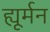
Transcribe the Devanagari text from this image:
ह्यूर्मन